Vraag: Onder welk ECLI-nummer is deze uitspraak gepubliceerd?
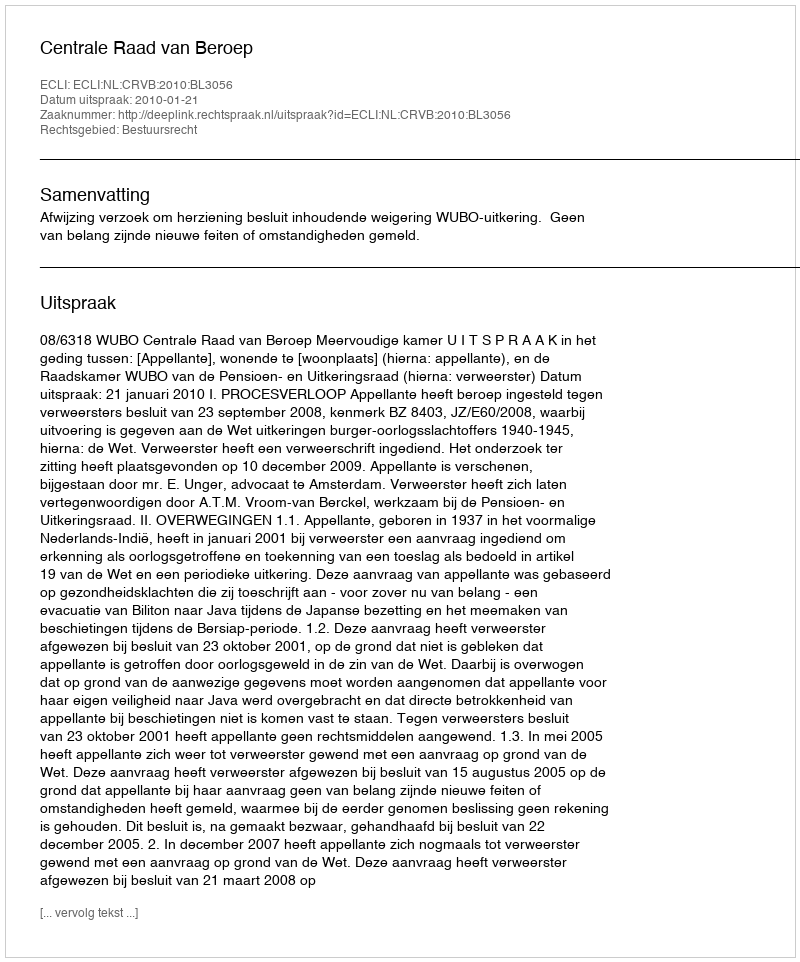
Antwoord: ECLI:NL:CRVB:2010:BL3056